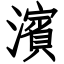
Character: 濱